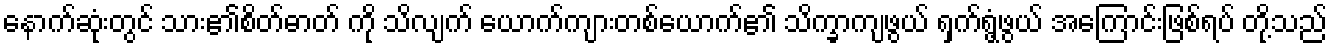
နောက်ဆုံးတွင် သား၏စိတ်ဓာတ် ကို သိလျက် ယောက်ကျားတစ်ယောက်၏ သိက္ခာကျဖွယ် ရှက်ရွံ့ဖွယ် အကြောင်းဖြစ်ရပ် တို့သည်